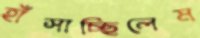
হাঁসাচ্ছিলেম